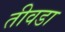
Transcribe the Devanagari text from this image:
तीवडा